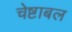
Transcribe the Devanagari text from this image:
चेष्टाबल